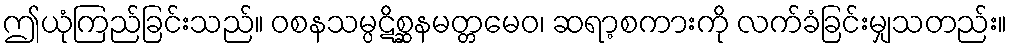
ဤယုံကြည်ခြင်းသည်။ ဝစနသမ္ပဋိစ္ဆနမတ္တမေဝ၊ ဆရာ့စကားကို လက်ခံခြင်းမျှသတည်း။